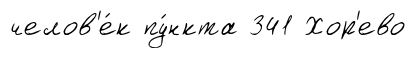
челов'е́к пу́нкта 341 Хор'ево